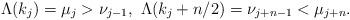
LaTeX: \begin{align*}\Lambda(k_j) = \mu_j>\nu_{j-1},\ \Lambda(k_j+n/2) = \nu_{j+n-1} < \mu_{j+n}. \end{align*}